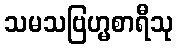
သမသဗြဟ္မစာရီသု